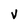
Character: v